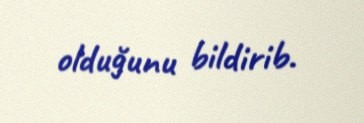
olduğunu bildirib.